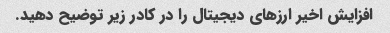
افزایش اخیر ارزهای دیجیتال را در کادر زیر توضیح دهید.